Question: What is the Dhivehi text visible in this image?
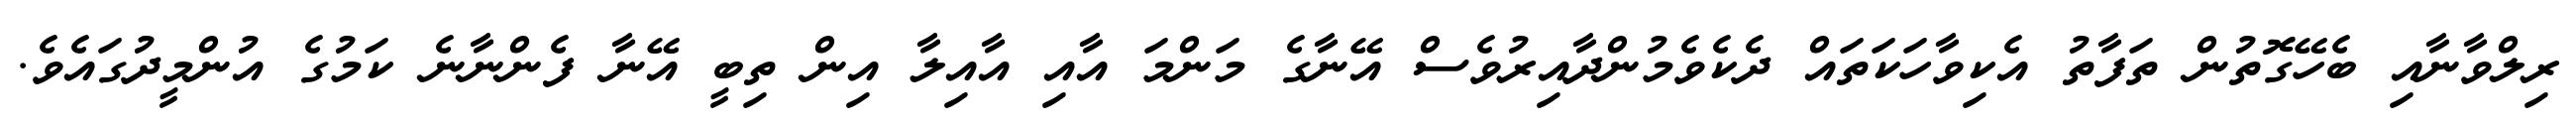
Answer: ރިލްވާނާއި ބެހޭގޮތުން ތަފާތު އެކިވާހަކަތައް ދެކެވެމުންދާއިރުވެސް އޭނާގެ މަންމަ އާއި އާއިލާ އިން ތިބީ އޭނާ ފެންނާނެ ކަމުގެ އުންމީދުގައެވެ.